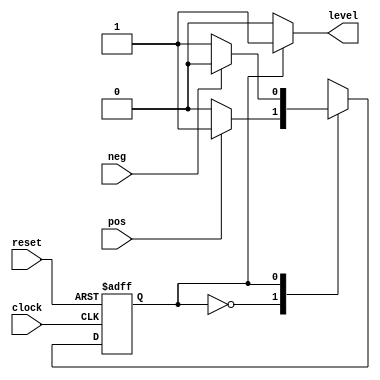
`timescale 1ns / 1ps
//////////////////////////////////////////////////////////////////////////////////
// Company: 
// Engineer: 
// 
// Design Name: 
// Module Name: levelToPulse
// Project Name: 
// Target Devices: 
// Tool Versions: 
// Description: 
// 
// Dependencies: 
// 
// Revision:
// Revision 0.01 - File Created
// Additional Comments:
// 
//////////////////////////////////////////////////////////////////////////////////


module level(

    //inputs
    
    
    input clock,
    input reset,
    input pos,
    input neg,
    
    //outputs
    
    output reg level
    );
    
    // initialize the curren and next state
    
    reg  currentState,nextState;
    
    //encode the states 
    
    parameter S0=1'b0;
    parameter S1='b1;

    
    //this block to change from state to another
    
    always@(posedge clock, posedge reset)
    begin
    if (reset) currentState <= S0;
    else currentState <= nextState; 
    end
    
    //this block to define the next state
    
    always@(*)
    begin
    nextState = currentState;
    
    case(currentState)
    
    // the next state if the current state is S0
    
    S0: if (pos) nextState = S1;
    
    //the next state if the current state is S1
    
    S1:if (neg) nextState = S0;

    endcase
    end
    
    // the output for each state
    
    always@(*)
    begin
    
    if (currentState==S1) level=1'b1;
    else level=1'b0;
    
    end
    
endmodule